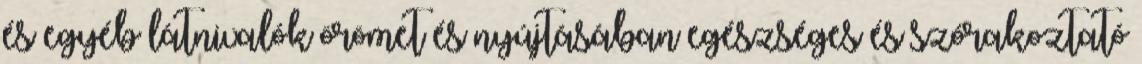
és egyéb látnivalók örömet és nyújtásában egészséges és szórakoztató